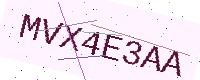
Text: MVX4E3AA